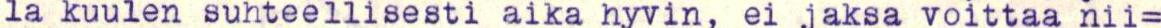
la kuulen suhteellisesti aika hyvin, ei jaksa voittaa nii=